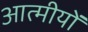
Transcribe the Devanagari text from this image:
आत्मीयों